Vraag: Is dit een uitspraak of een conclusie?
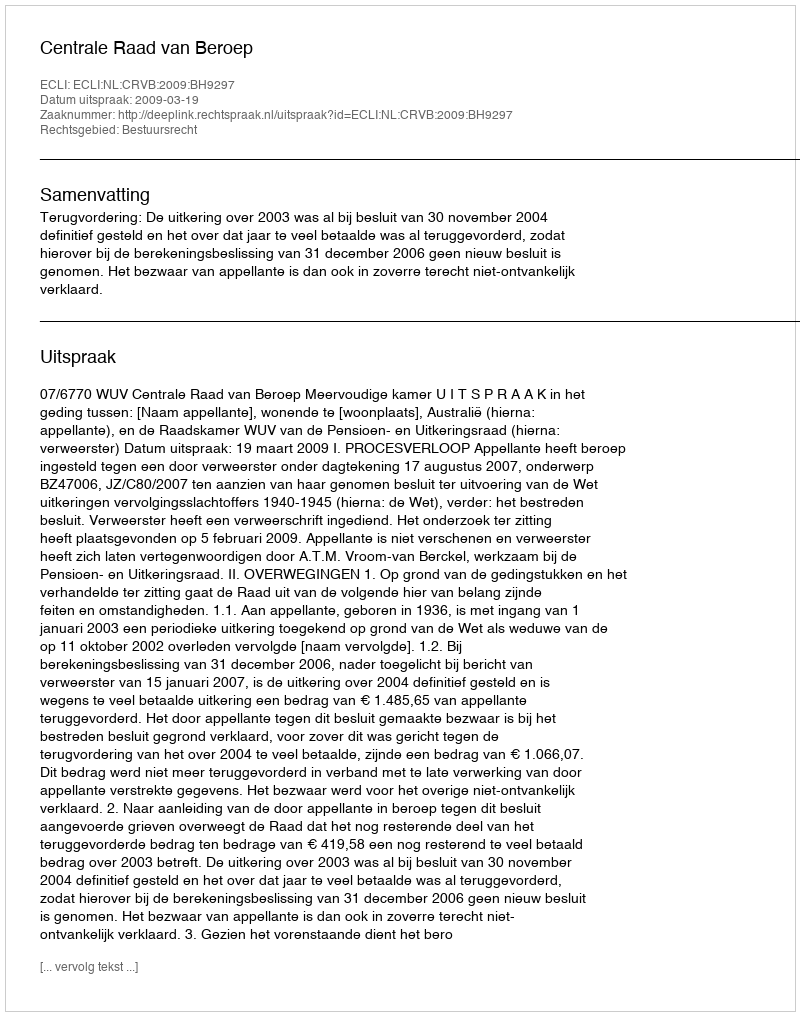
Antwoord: Uitspraak